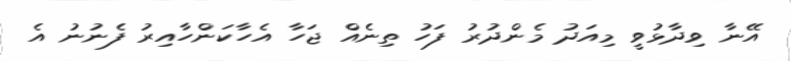
އޭނާ ވިދާޅުވީ މިއަދު މެންދުރު ފަހު ތިނެއް ޖަހާ އެހާކަންހާއިރު ފެނުނު އެ